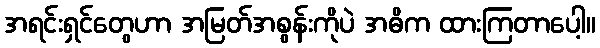
အရင်းရှင်တွေဟာ အမြတ်အစွန်းကိုပဲ အဓိက ထားကြတာပေါ့။